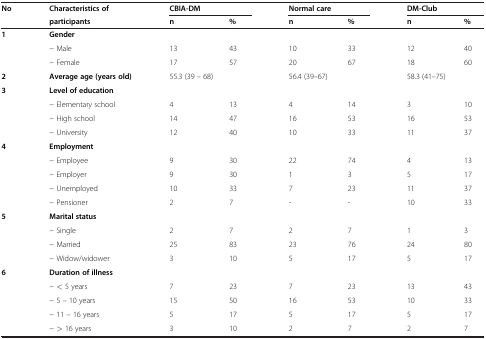
<table><thead><tr><td rowspan="2"><b>No</b></td><td rowspan="2"><b>Characteristics of participants</b></td><td colspan="2"><b>CBIA-DM</b></td><td colspan="2"><b>Normal care</b></td><td colspan="2"><b>DM-Club</b></td></tr><tr><td><b>n</b></td><td><b>%</b></td><td><b>n</b></td><td><b>%</b></td><td><b>n</b></td><td><b>%</b></td></tr></thead><tbody><tr><td><b>1</b></td><td><b>Gender</b></td><td> </td><td> </td><td> </td><td> </td><td> </td><td> </td></tr><tr><td> </td><td>− Male</td><td>13</td><td>43</td><td>10</td><td>33</td><td>12</td><td>40</td></tr><tr><td> </td><td>− Female</td><td>17</td><td>57</td><td>20</td><td>67</td><td>18</td><td>60</td></tr><tr><td><b>2</b></td><td><b>Average age (years old)</b></td><td colspan="2">55.3 (39 – 68)</td><td colspan="2">56.4 (39–67)</td><td colspan="2">58.3 (41–75)</td></tr><tr><td><b>3</b></td><td><b>Level of education</b></td><td> </td><td> </td><td> </td><td> </td><td> </td><td> </td></tr><tr><td> </td><td>− Elementary school</td><td>4</td><td>13</td><td>4</td><td>14</td><td>3</td><td>10</td></tr><tr><td> </td><td>− High school</td><td>14</td><td>47</td><td>16</td><td>53</td><td>16</td><td>53</td></tr><tr><td> </td><td>− University</td><td>12</td><td>40</td><td>10</td><td>33</td><td>11</td><td>37</td></tr><tr><td><b>4</b></td><td><b>Employment</b></td><td> </td><td> </td><td> </td><td> </td><td> </td><td> </td></tr><tr><td> </td><td>− Employee</td><td>9</td><td>30</td><td>22</td><td>74</td><td>4</td><td>13</td></tr><tr><td> </td><td>− Employer</td><td>9</td><td>30</td><td>1</td><td>3</td><td>5</td><td>17</td></tr><tr><td> </td><td>− Unemployed</td><td>10</td><td>33</td><td>7</td><td>23</td><td>11</td><td>37</td></tr><tr><td> </td><td>− Pensioner</td><td>2</td><td>7</td><td>-</td><td>-</td><td>10</td><td>33</td></tr><tr><td><b>5</b></td><td><b>Marital status</b></td><td> </td><td> </td><td> </td><td> </td><td> </td><td> </td></tr><tr><td> </td><td>− Single</td><td>2</td><td>7</td><td>2</td><td>7</td><td>1</td><td>3</td></tr><tr><td> </td><td>− Married</td><td>25</td><td>83</td><td>23</td><td>76</td><td>24</td><td>80</td></tr><tr><td> </td><td>− Widow/widower</td><td>3</td><td>10</td><td>5</td><td>17</td><td>5</td><td>17</td></tr><tr><td><b>6</b></td><td><b>Duration of illness</b></td><td> </td><td> </td><td> </td><td> </td><td> </td><td> </td></tr><tr><td> </td><td>− &lt; 5 years</td><td>7</td><td>23</td><td>7</td><td>23</td><td>13</td><td>43</td></tr><tr><td> </td><td>− 5 – 10 years</td><td>15</td><td>50</td><td>16</td><td>53</td><td>10</td><td>33</td></tr><tr><td> </td><td>− 11 – 16 years</td><td>5</td><td>17</td><td>5</td><td>17</td><td>5</td><td>17</td></tr><tr><td> </td><td>− &gt; 16 years</td><td>3</td><td>10</td><td>2</td><td>7</td><td>2</td><td>7</td></tr></tbody></table>